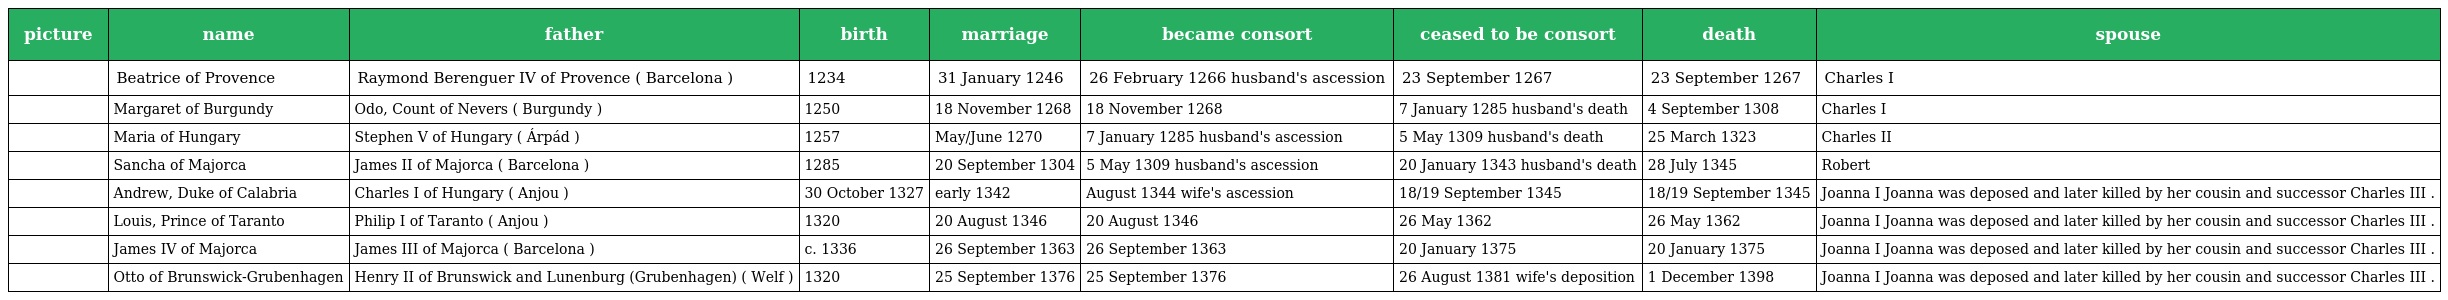
| picture | name | father | birth | marriage | became consort | ceased to be consort | death | spouse |
 | --- | --- | --- | --- | --- | --- | --- | --- | --- |
 |  | Beatrice of Provence | Raymond Berenguer IV of Provence ( Barcelona ) | 1234 | 31 January 1246 | 26 February 1266 husband's ascession | 23 September 1267 | 23 September 1267 | Charles I |
 |  | Margaret of Burgundy | Odo, Count of Nevers ( Burgundy ) | 1250 | 18 November 1268 | 18 November 1268 | 7 January 1285 husband's death | 4 September 1308 | Charles I |
 |  | Maria of Hungary | Stephen V of Hungary ( Árpád ) | 1257 | May/June 1270 | 7 January 1285 husband's ascession | 5 May 1309 husband's death | 25 March 1323 | Charles II |
 |  | Sancha of Majorca | James II of Majorca ( Barcelona ) | 1285 | 20 September 1304 | 5 May 1309 husband's ascession | 20 January 1343 husband's death | 28 July 1345 | Robert |
 |  | Andrew, Duke of Calabria | Charles I of Hungary ( Anjou ) | 30 October 1327 | early 1342 | August 1344 wife's ascession | 18/19 September 1345 | 18/19 September 1345 | Joanna I Joanna was deposed and later killed by her cousin and successor Charles III . |
 |  | Louis, Prince of Taranto | Philip I of Taranto ( Anjou ) | 1320 | 20 August 1346 | 20 August 1346 | 26 May 1362 | 26 May 1362 | Joanna I Joanna was deposed and later killed by her cousin and successor Charles III . |
 |  | James IV of Majorca | James III of Majorca ( Barcelona ) | c. 1336 | 26 September 1363 | 26 September 1363 | 20 January 1375 | 20 January 1375 | Joanna I Joanna was deposed and later killed by her cousin and successor Charles III . |
 |  | Otto of Brunswick-Grubenhagen | Henry II of Brunswick and Lunenburg (Grubenhagen) ( Welf ) | 1320 | 25 September 1376 | 25 September 1376 | 26 August 1381 wife's deposition | 1 December 1398 | Joanna I Joanna was deposed and later killed by her cousin and successor Charles III . |